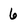
Character: 6